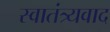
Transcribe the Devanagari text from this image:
स्वातंत्र्यवाद